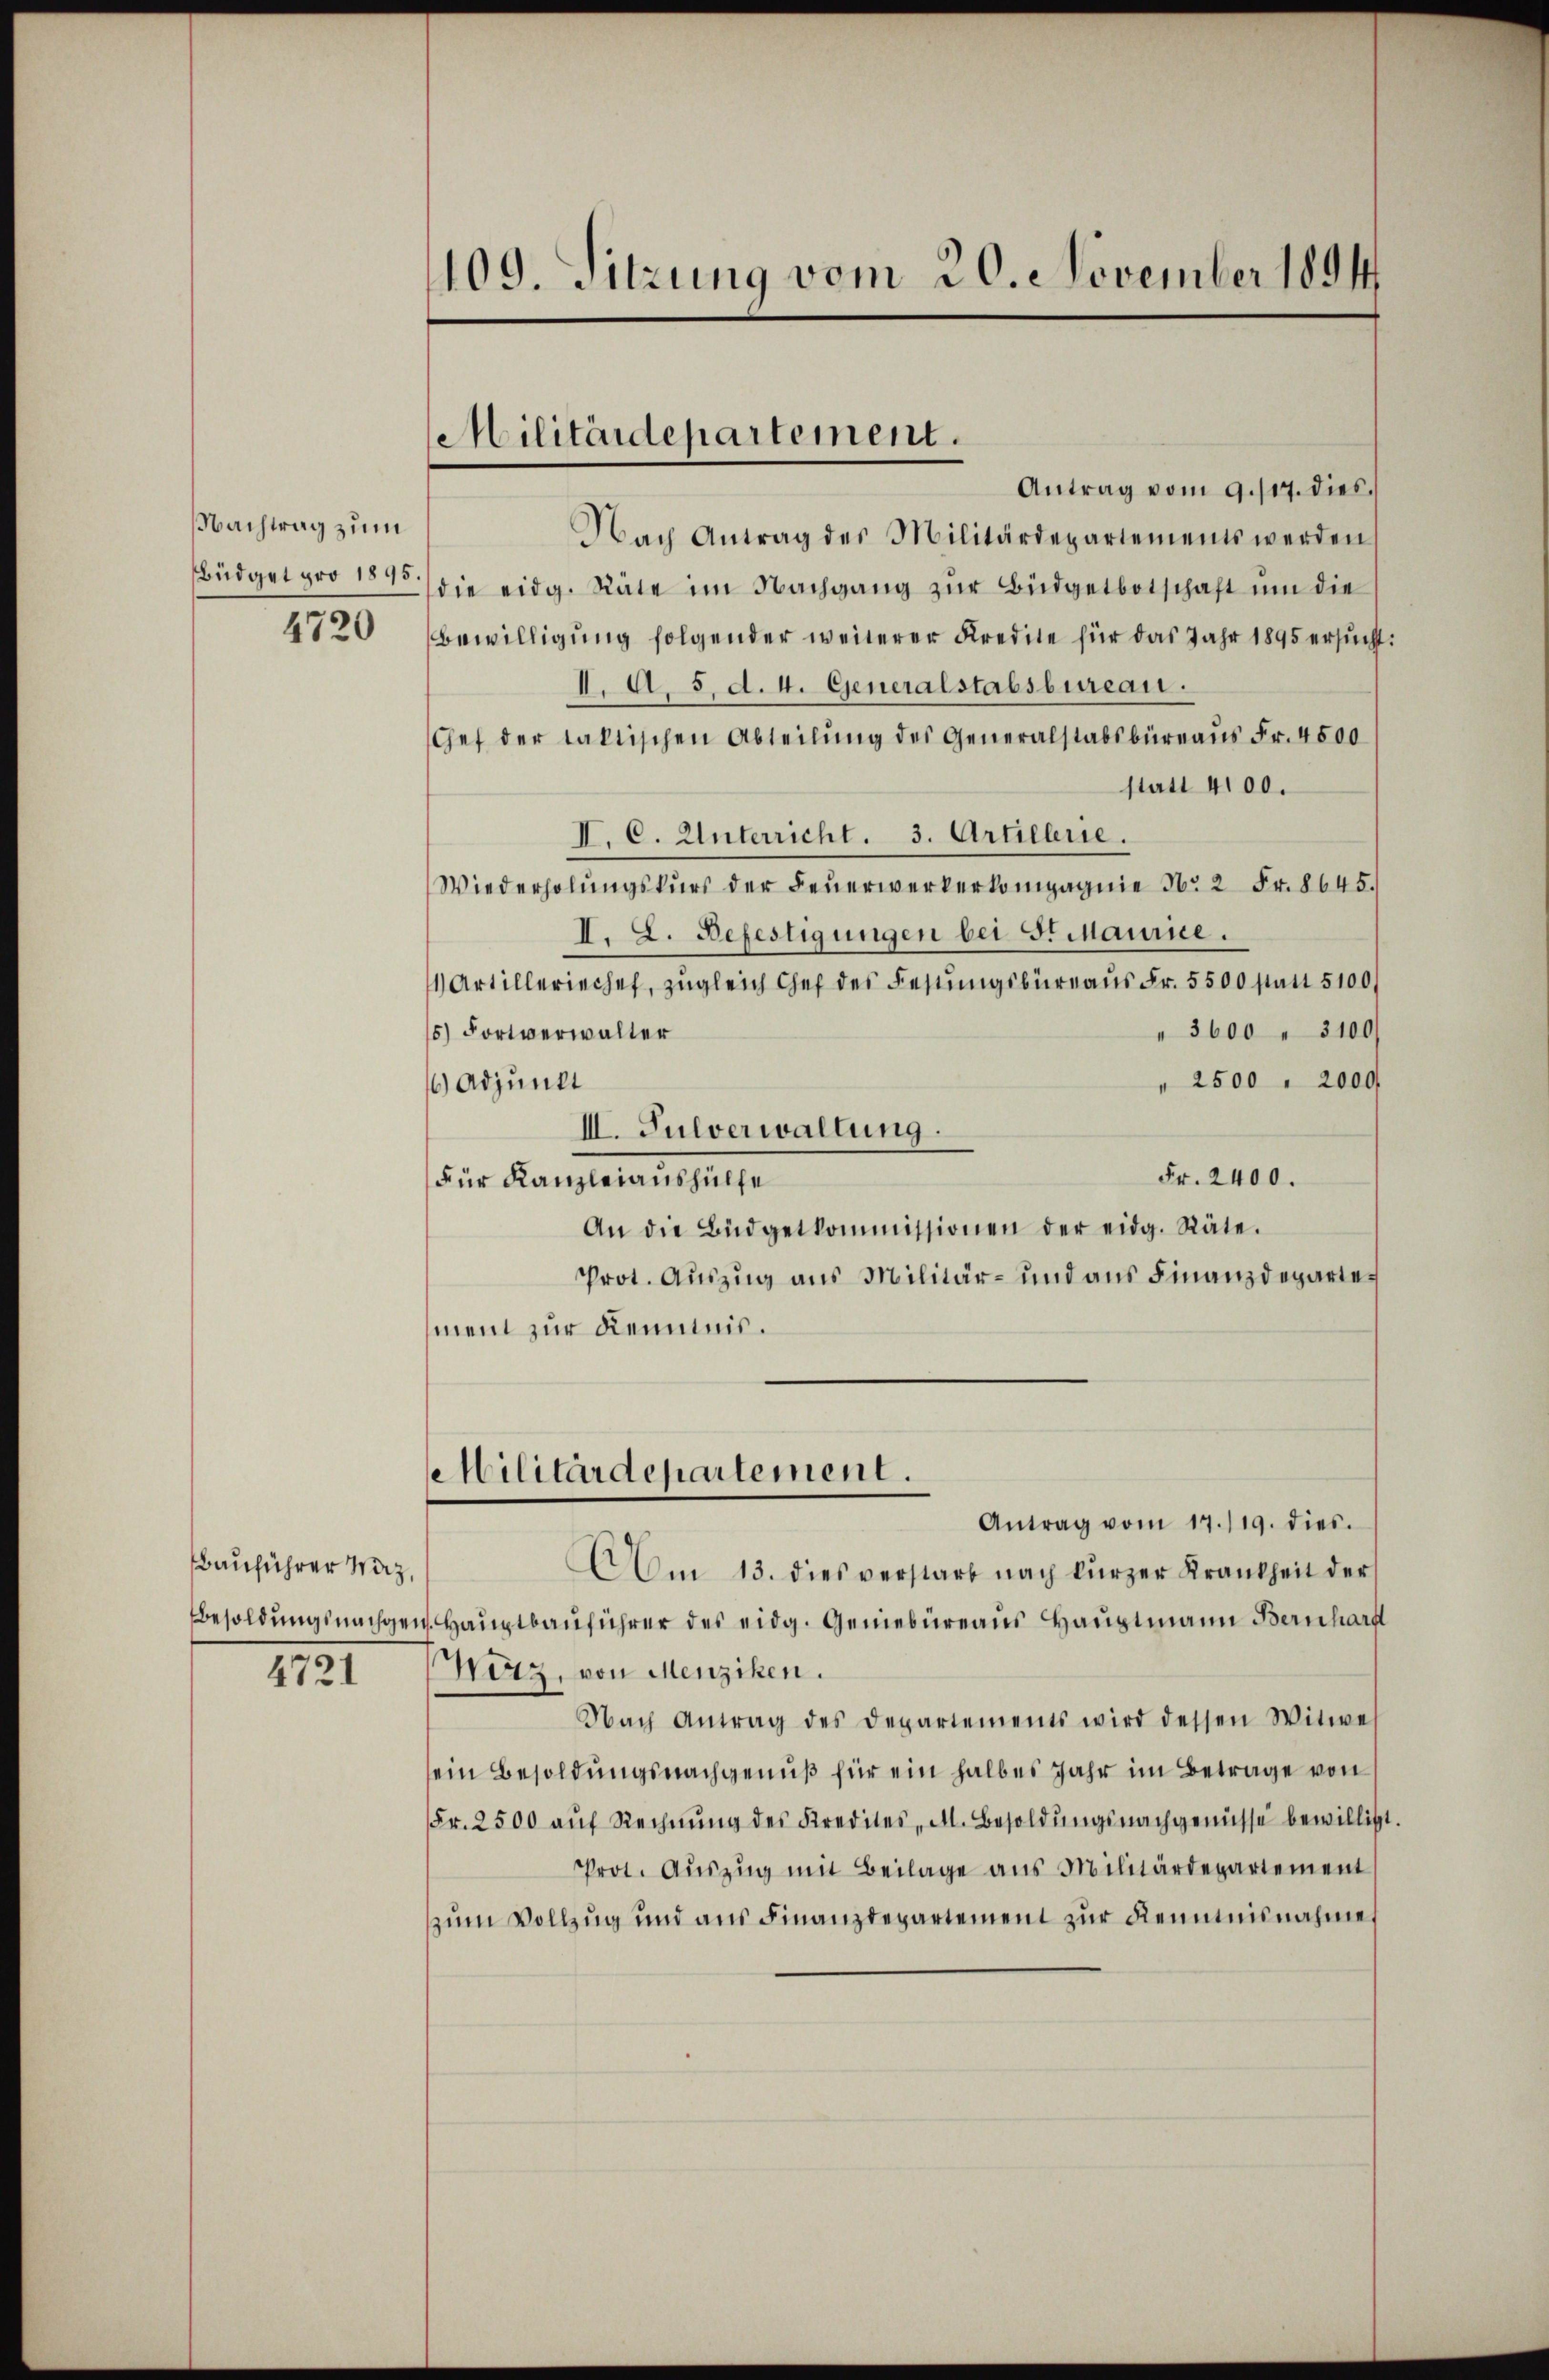
Nachtrag zum
Büdget pro 1895
4720

Bauführer Waiz.
Besoldungsnachgei
4721

109. Sitzung vom 20. November 1894

Militärdepartement.

Antrag vom 9. 117. dies
Nach Antrag des Militärdepartements werden
die eidg. Räte im Nachgang zŭr Büdgetbotschaft ŭm die
Bewilligung folgender weiterer Kredite für das Jahr 1895 ersucht,
I. A. 5. d. 4. Generalstabsbureau.
Chef der faktischen Abteilŭng des Generalstabsbüreaŭs Fr. 4500
statt 4100.
II. C. Unterricht. 3. Artillerie.
Wiederholŭngskŭrs der Feŭerwerkerkompagnie No 2 Fr. 8645.
I. L. Befestigungen bei Staune.
1 Artilleriechef, zugleich Chef des Festungsbureaus Fr. 5500 statt 5100
15) Fortverwalter
" 3600 " 3100
" 2500 " 2000
 Adjunkt
III. Pulverwaltung.
Fr. 2400.
Für Kanzleiaushülfe
An die Büdgetkommissionen der eidg. Räte.
Prot. Auszug aus Militär- und aus Finanzdepartement zur Kenntnis.
Militärdepartement.
Antrag vom 17./19. dies.
AAm 13. dies verstarb nach kürzer Krankheit der
v. Hauptbauführer des eidg. Geniebureaus Hauptmann Bernhard
Wötz, von Menziken.
Nach Antrag des Departements wird dessen Witwe
sein Besoldungsnachgenuß für ein halbes Jahr im Betrage von
Fr. 2500 aŭf Rechnŭng des Kredites, A. Besoldŭngsnachgenüsse bewilligt
Prot. Aŭszŭg mit Beilage aus Militärdepartement
zum Vollzug und aus Finanzdepartement zur Kenntnisnahme